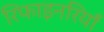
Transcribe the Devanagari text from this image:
रिफाइनरियाँ